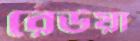
রেউয়া